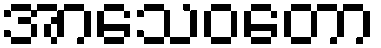
အာသေဝတော